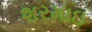
શરમાઇ